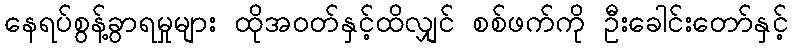
နေရပ်စွန့်ခွာရမှုများ ထိုအဝတ်နှင့်ထိလျှင် စစ်ဖက်ကို ဦးခေါင်းတော်နှင့်